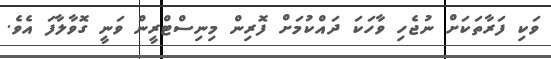
ވަކި ފަރާތަކަށް ނުޖެހި ވާހަކަ ދައްކުމަށް ފޮރިން މިނިސްޓްރީން ވަނީ ގޮވާލާފަ އެވެ.